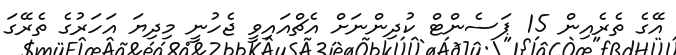
އޭގެ ތެރެއިން 15 ޕަސެންޓް ކުދިންނަށް އެޗްއައިވީ ޖެހުނީ މިދިޔަ އަހަރުގެ ތެރޭގަ